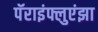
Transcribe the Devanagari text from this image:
पॅराइंफ्लुएंझा